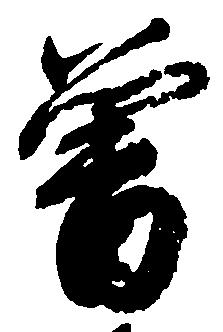
曽